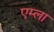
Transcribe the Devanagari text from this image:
एम्ला